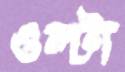
ওল্টা